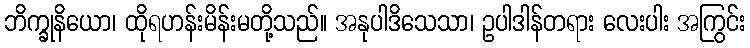
ဘိက္ခုနိယော၊ ထိုရဟန်းမိန်းမတို့သည်။ အနုပါဒိသေသာ၊ ဥပါဒါန်တရား လေးပါး အကြွင်း